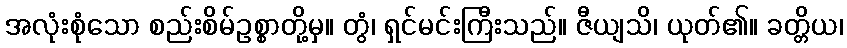
အလုံးစုံသော စည်းစိမ်ဥစ္စာတို့မှ။ တွံ၊ ရှင်မင်းကြီးသည်။ ဇီယျသိ၊ ယုတ်၏။ ခတ္တိယ၊